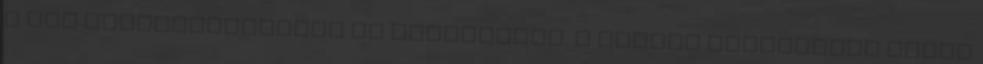
a haj begöndörítésére is használták. A lenmag őrleményét pépes